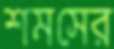
শমসের